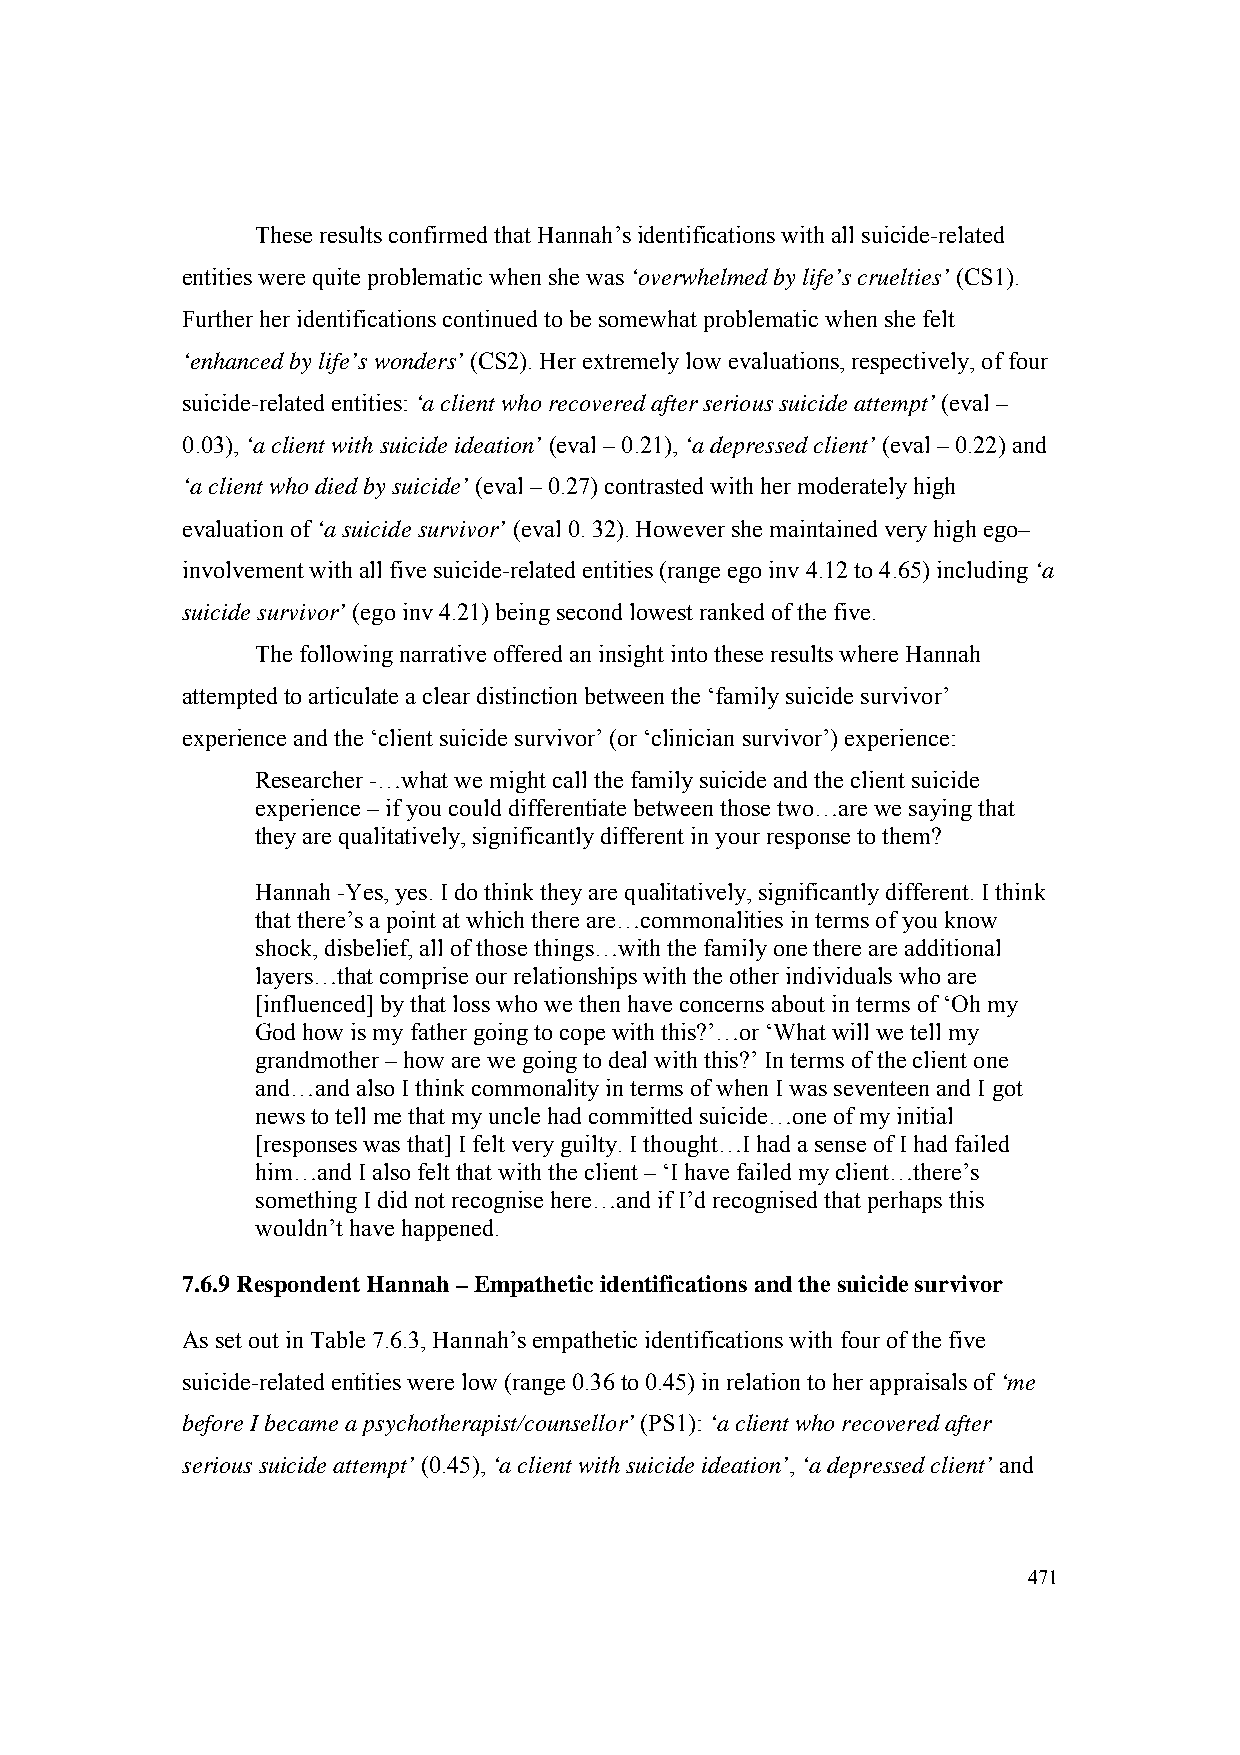
These results confirmed that Hannah’s identifications with all suicide-related
 entities were quite problematic when she was ‘overwhelmed by life’s cruelties’ (CS1).
 Further her identifications continued to be somewhat problematic when she felt
 ‘enhanced by life’s wonders’ (CS2). Her extremely low evaluations, respectively, of four
 suicide-related entities: ‘a client who recovered after serious suicide attempt’ (eval –
 0.03), ‘a client with suicide ideation’ (eval – 0.21), ‘a depressed client’ (eval – 0.22) and
 ‘a client who died by suicide’ (eval – 0.27) contrasted with her moderately high
 evaluation of ‘a suicide survivor’ (eval 0. 32). However she maintained very high ego–
 involvement with all five suicide-related entities (range ego inv 4.12 to 4.65) including ‘a
 suicide survivor’ (ego inv 4.21) being second lowest ranked of the five.
 The following narrative offered an insight into these results where Hannah
 attempted to articulate a clear distinction between the ‘family suicide survivor’
 experience and the ‘client suicide survivor’ (or ‘clinician survivor’) experience:
 Researcher -…what we might call the family suicide and the client suicide
 experience – if you could differentiate between those two…are we saying that
 they are qualitatively, significantly different in your response to them?
 Hannah -Yes, yes. I do think they are qualitatively, significantly different. I think
 that there’s a point at which there are…commonalities in terms of you know
 shock, disbelief, all of those things…with the family one there are additional
 layers…that comprise our relationships with the other individuals who are
 [influenced] by that loss who we then have concerns about in terms of ‘Oh my
 God how is my father going to cope with this?’…or ‘What will we tell my
 grandmother – how are we going to deal with this?’ In terms of the client one
 and…and also I think commonality in terms of when I was seventeen and I got
 news to tell me that my uncle had committed suicide…one of my initial
 [responses was that] I felt very guilty. I thought…I had a sense of I had failed
 him…and I also felt that with the client – ‘I have failed my client…there’s
 something I did not recognise here…and if I’d recognised that perhaps this
 wouldn’t have happened.
 7.6.9 Respondent Hannah – Empathetic identifications and the suicide survivor
 As set out in Table 7.6.3, Hannah’s empathetic identifications with four of the five
 suicide-related entities were low (range 0.36 to 0.45) in relation to her appraisals of ‘me
 before I became a psychotherapist/counsellor’ (PS1): ‘a client who recovered after
 serious suicide attempt’ (0.45), ‘a client with suicide ideation’, ‘a depressed client’ and
 471